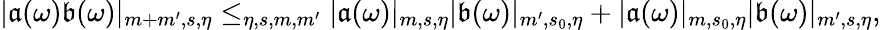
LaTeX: \begin{array}{r}{|\mathfrak{a}(\omega)\mathfrak{b}(\omega)|_{m+m^{\prime},s,\eta}\le_{\eta,s,m,m^{\prime}}|\mathfrak{a}(\omega)|_{m,s,\eta}|\mathfrak{b}(\omega)|_{m^{\prime},s_{0},\eta}+|\mathfrak{a}(\omega)|_{m,s_{0},\eta}|\mathfrak{b}(\omega)|_{m^{\prime},s,\eta},}\end{array}